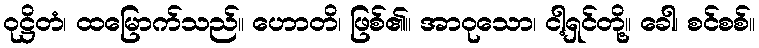
ဝုဋ္ဌိတံ၊ ထမြောက်သည်။ ဟောတိ၊ ဖြစ်၏။ အာဝုသော၊ ငါ့ရှင်တို့။ ခေါ၊ စင်စစ်။